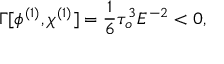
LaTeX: \Gamma [ \phi ^ { ( 1 ) } , \chi ^ { ( 1 ) } ] = { \frac { 1 } { 6 } } \tau _ { o } ^ { 3 } E ^ { - 2 } < 0 ,